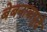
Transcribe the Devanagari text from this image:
बेबनावापुढे